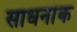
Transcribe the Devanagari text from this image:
साधनांक